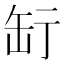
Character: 𦈥